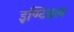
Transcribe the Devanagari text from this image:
इण्टिग्रल